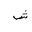
Letter: _shin